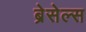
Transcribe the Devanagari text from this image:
ब्रेसेल्स